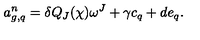
a _ { g , q } ^ { n } = \delta Q _ { J } ( \chi ) \omega ^ { J } + \gamma c _ { q } + d e _ { q } .